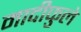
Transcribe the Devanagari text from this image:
मादीफुले